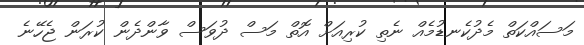
މަސައްކަތް މެދުކެނޑުމެއް ނެތި ކުރިއަށް އޮތް މަސް ދުވަސް ވާންދެން ކުރަން ޖެހޭނެ